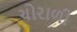
ચોરાળી